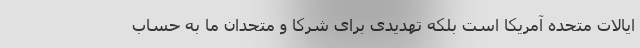
ایالات متحده آمریکا است بلکه تهدیدی برای شرکا و متحدان ما به حساب